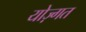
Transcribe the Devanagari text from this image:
योज़्गत